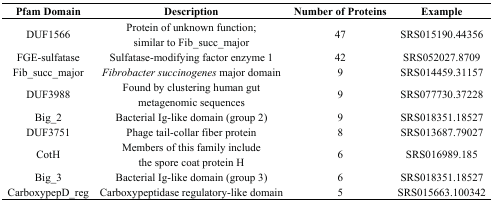
<table><thead><tr><td><b>Pfam Domain</b></td><td><b>Description</b></td><td><b>Number of Proteins</b></td><td><b>Example</b></td></tr></thead><tbody><tr><td>DUF1566</td><td>Protein of unknown function; similar to Fib_succ_major</td><td>47</td><td>SRS015190.44356</td></tr><tr><td>FGE-sulfatase</td><td>Sulfatase-modifying factor enzyme 1</td><td>42</td><td>SRS052027.8709</td></tr><tr><td>Fib_succ_major</td><td><i>Fibrobacter succinogenes</i> major domain</td><td>9</td><td>SRS014459.31157</td></tr><tr><td>DUF3988</td><td>Found by clustering human gut metagenomic sequences</td><td>9</td><td>SRS077730.37228</td></tr><tr><td>Big_2</td><td>Bacterial Ig-like domain (group 2)</td><td>9</td><td>SRS018351.18527</td></tr><tr><td>DUF3751</td><td>Phage tail-collar fiber protein</td><td>8</td><td>SRS013687.79027</td></tr><tr><td>CotH</td><td>Members of this family include the spore coat protein H</td><td>6</td><td>SRS016989.185</td></tr><tr><td>Big_3</td><td>Bacterial Ig-like domain (group 3)</td><td>6</td><td>SRS018351.18527</td></tr><tr><td>CarboxypepD_reg</td><td>Carboxypeptidase regulatory-like domain</td><td>5</td><td>SRS015663.100342</td></tr></tbody></table>